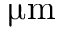
\upmu \mathrm { m }